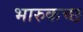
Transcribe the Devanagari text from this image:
भारुकच्छ